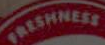
FRESHNESS